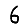
Digit: 6